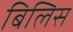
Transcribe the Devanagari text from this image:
बिलिस